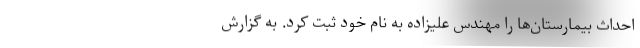
احداث بیمارستان‌ها را مهندس علیزاده به نام خود ثبت کرد. به گزارش